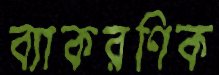
ব্যাকরণিক